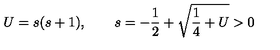
U = s ( s + 1 ) , \qquad s = - \frac 1 2 + \sqrt { \frac 1 4 + U } > 0